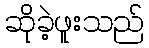
ဆိုခဲ့ဖူးသည်